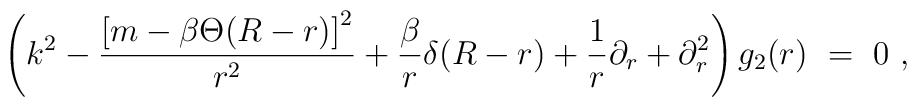
\left( k^2-\frac{\left[ m-\beta\Theta(R-r)\right]^2}{r^2}+\frac{\beta}{r}\delta(R-r) +\frac 1r\partial_r +\partial_r^2\right)g_2(r)\ =\ 0\ ,